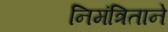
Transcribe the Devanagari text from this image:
निमंत्रिताने